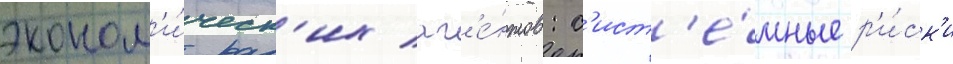
эконом'и́ческ'их аг'е́нтов: с'ист'е́мные р'и́ск'и